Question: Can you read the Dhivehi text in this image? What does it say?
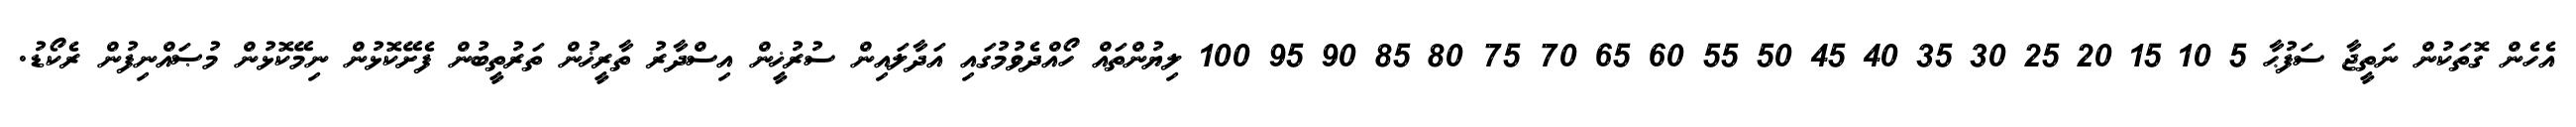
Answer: އެހެން ގޮތަކުން ނަތީޖާ ސަފުޙާ 5 10 15 20 25 30 35 40 45 50 55 60 65 70 75 80 85 90 95 100 ލިޔުންތައް ހޯއްދެވުމުގައި އަދާލައިން ސުރުޚީން އިސްދާރު ތާރީޚުން ތަރުތީބުން ފެށޭކޮޅުން ނިމޭކޮޅުން މުޞައްނިފުން ރެކޯޑު.